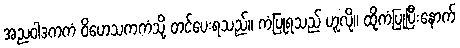
အညဝါဒကကံ ဝိဟေသကကံသို့ တင်ပေးရသည်။ ကံပြုရသည် ဟူလို။ ထိုကံပြုပြီးနောက်